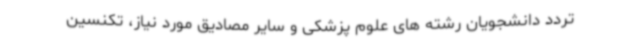
تردد دانشجویان رشته های علوم پزشکی و سایر مصادیق مورد نیاز، تکنسین